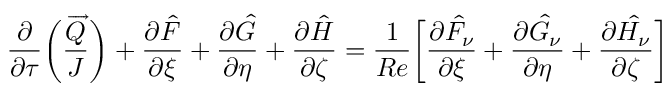
\frac { \partial } { \partial \tau } \bigg ( \frac { \overrightarrow { Q } } { J } \bigg ) + \frac { \partial \hat { F } } { \partial \xi } + \frac { \partial \hat { G } } { \partial \eta } + \frac { \partial \hat { H } } { \partial \zeta } = \frac { 1 } { R e } \bigg [ \frac { \partial \hat { F _ { \nu } } } { \partial \xi } + \frac { \partial \hat { G _ { \nu } } } { \partial \eta } + \frac { \partial \hat { H _ { \nu } } } { \partial \zeta } \bigg ]